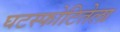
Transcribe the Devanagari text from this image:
घटस्फोटितेला